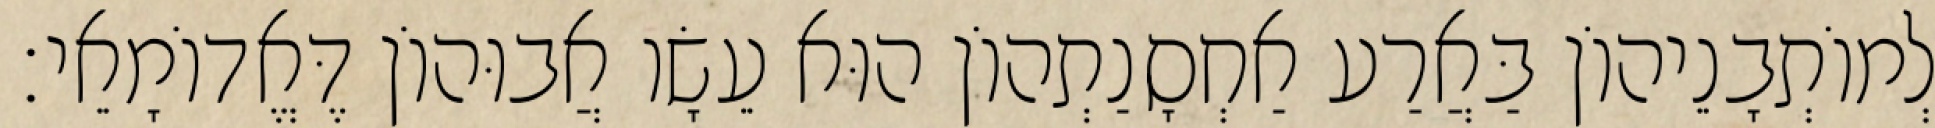
לְמוֹתְבָנֵיהוֹן בַּאֲרַע אַחְסָנַתְהוֹן הוּא עֵשָׂו אֲבוּהוֹן דֶּאֱדוֹמָאֵי׃